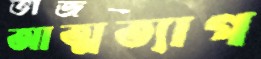
আত্মত্যাগ